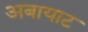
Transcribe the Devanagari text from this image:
अबायाट